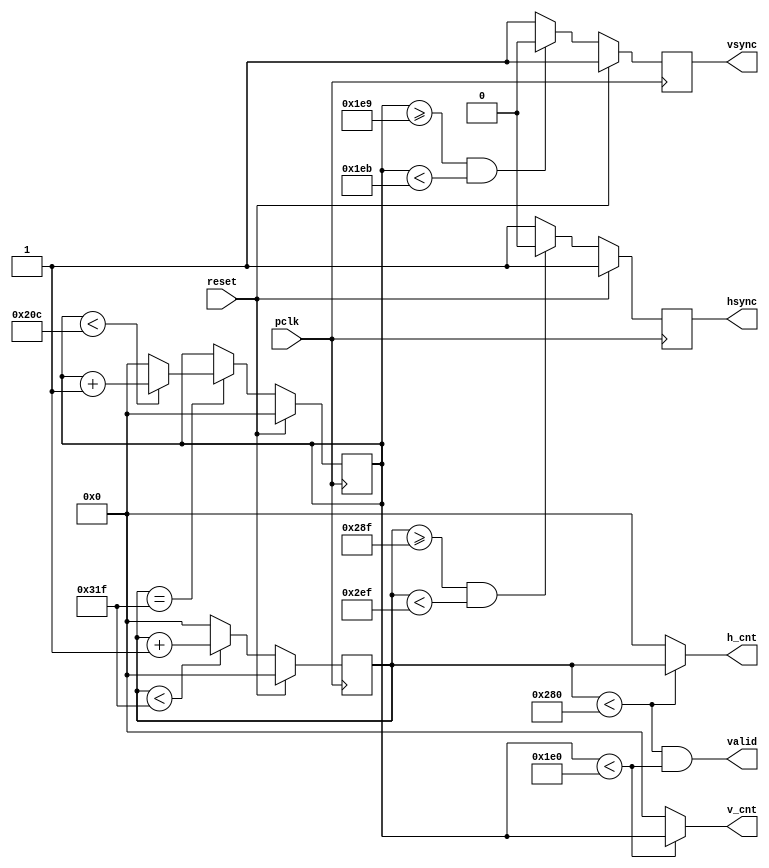
module vga_controller 
  (
    input wire pclk,reset,
    output wire hsync,vsync,valid,
    output wire [9:0]h_cnt,
    output wire [9:0]v_cnt
    );
    
    reg [9:0]pixel_cnt;
    reg [9:0]line_cnt;
    reg hsync_i,vsync_i;
    wire hsync_default, vsync_default;
    wire [9:0] HD, HF, HS, HB, HT, VD, VF, VS, VB, VT;

   
    assign HD = 640;
    assign HF = 16;
    assign HS = 96;
    assign HB = 48;
    assign HT = 800; 
    assign VD = 480;
    assign VF = 10;
    assign VS = 2;
    assign VB = 33;
    assign VT = 525;
    assign hsync_default = 1'b1;
    assign vsync_default = 1'b1;
     
    always@(posedge pclk)
        if(reset)
            pixel_cnt <= 0;
        else if(pixel_cnt < (HT - 1))
                pixel_cnt <= pixel_cnt + 1;
             else
                pixel_cnt <= 0;

    always@(posedge pclk)
        if(reset)
            hsync_i <= hsync_default;
        else if((pixel_cnt >= (HD + HF - 1))&&(pixel_cnt < (HD + HF + HS - 1)))
                hsync_i <= ~hsync_default;
            else
                hsync_i <= hsync_default; 
    
    always@(posedge pclk)
        if(reset)
            line_cnt <= 0;
        else if(pixel_cnt == (HT -1))
                if(line_cnt < (VT - 1))
                    line_cnt <= line_cnt + 1;
                else
                    line_cnt <= 0;
                    
    always@(posedge pclk)
        if(reset)
            vsync_i <= vsync_default; 
        else if((line_cnt >= (VD + VF - 1))&&(line_cnt < (VD + VF + VS - 1)))
            vsync_i <= ~vsync_default; 
        else
            vsync_i <= vsync_default; 
                    
    assign hsync = hsync_i;
    assign vsync = vsync_i;
    assign valid = ((pixel_cnt < HD) && (line_cnt < VD));
    
    assign h_cnt = (pixel_cnt < HD) ? pixel_cnt:10'd0;
    assign v_cnt = (line_cnt < VD) ? line_cnt:10'd0;
           
endmodule